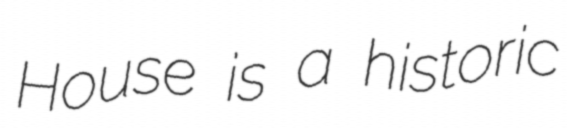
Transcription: House is a historic